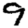
Digit: 9